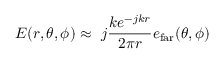
\boldsymbol { E } ( r , \theta , \phi ) \approx \ j \frac { k e ^ { - j k r } } { 2 \pi r } \boldsymbol { e } _ { \mathrm { f a r } } ( \theta , \phi )